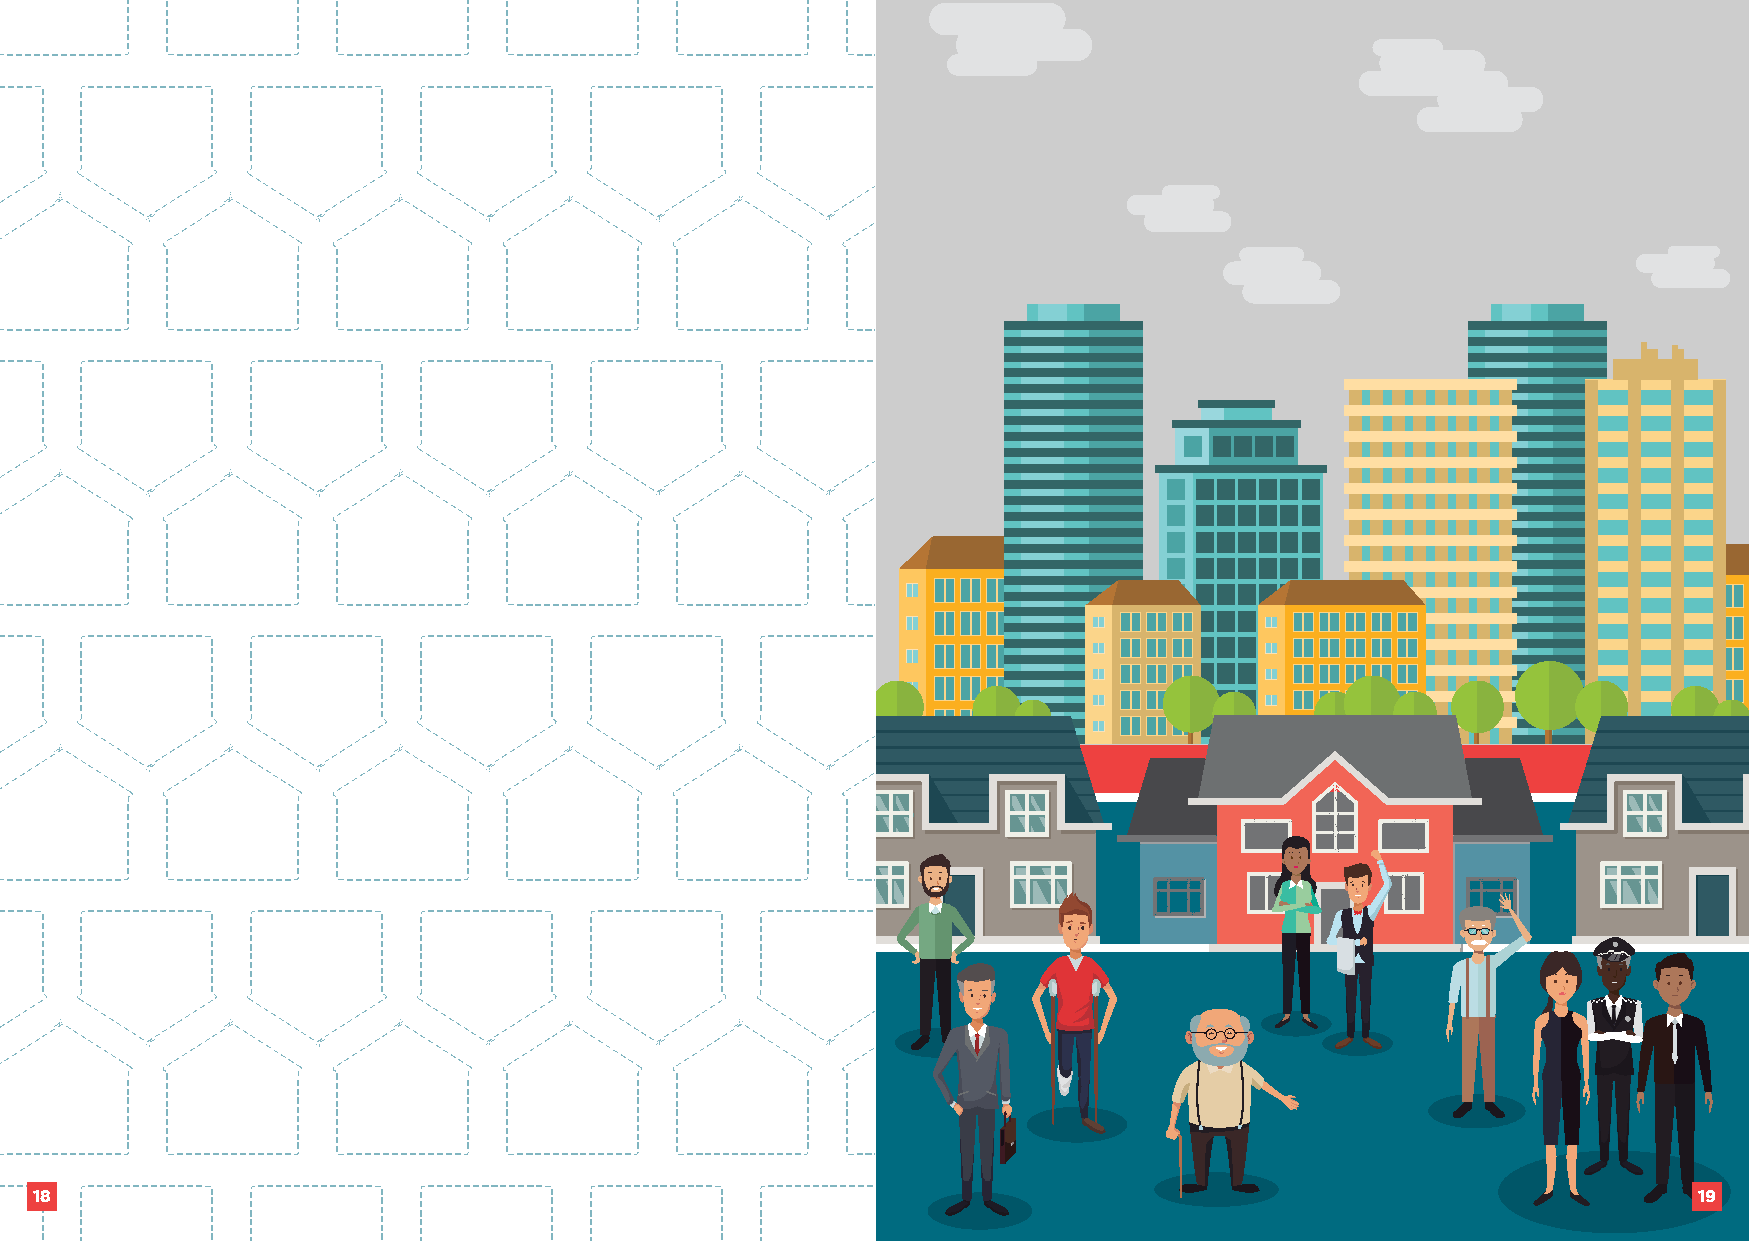
18                                                                                                            19